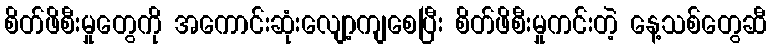
စိတ်ဖိစီးမှုတွေကို အကောင်းဆုံးလျော့ကျစေပြီး စိတ်ဖိစီးမှုကင်းတဲ့ နေ့သစ်တွေဆီ